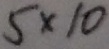
5 \times 1 0